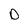
Character: D